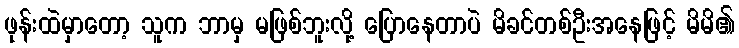
ဖုန်းထဲမှာတော့ သူက ဘာမှ မဖြစ်ဘူးလို့ ပြောနေတာပဲ မိခင်တစ်ဦးအနေဖြင့် မိမိ၏